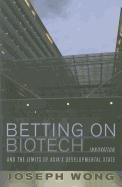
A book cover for Betting on Biotech: Innovation and the Limits of Asia's Developmental State (Cornell Studies in Political Economy); Joseph Wong; Business & Money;